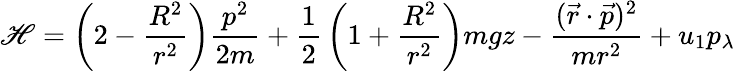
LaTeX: \mathscr{H}=\left(2-{\frac{{R^{2}}}{{r^{2}}}}\right){\frac{{p^{2}}}{{2m}}}+{\frac{{1}}{{2}}}\left(1+{\frac{{R^{2}}}{{r^{2}}}}\right)mgz-{\frac{{({\vec{{r}}}\cdot{\vec{{p}}})^{2}}}{{mr^{2}}}}+u_{1}p_{\lambda}